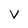
Character: V